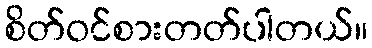
စိတ်ဝင်စားတတ်ပါတယ်။